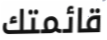
قائمتك